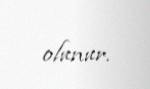
olunur.